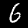
Digit: 6